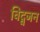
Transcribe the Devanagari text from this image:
विद्वजन